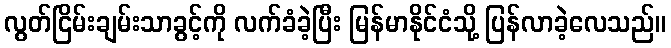
လွတ်ငြိမ်းချမ်းသာခွင့်ကို လက်ခံခဲ့ပြီး မြန်မာနိုင်ငံသို့ ပြန်လာခဲ့လေသည်။